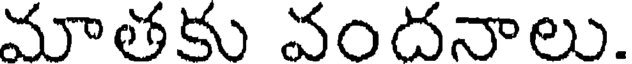
మాతకు వందనాలు.